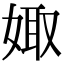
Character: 娵